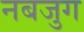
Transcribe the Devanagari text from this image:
नबजुग